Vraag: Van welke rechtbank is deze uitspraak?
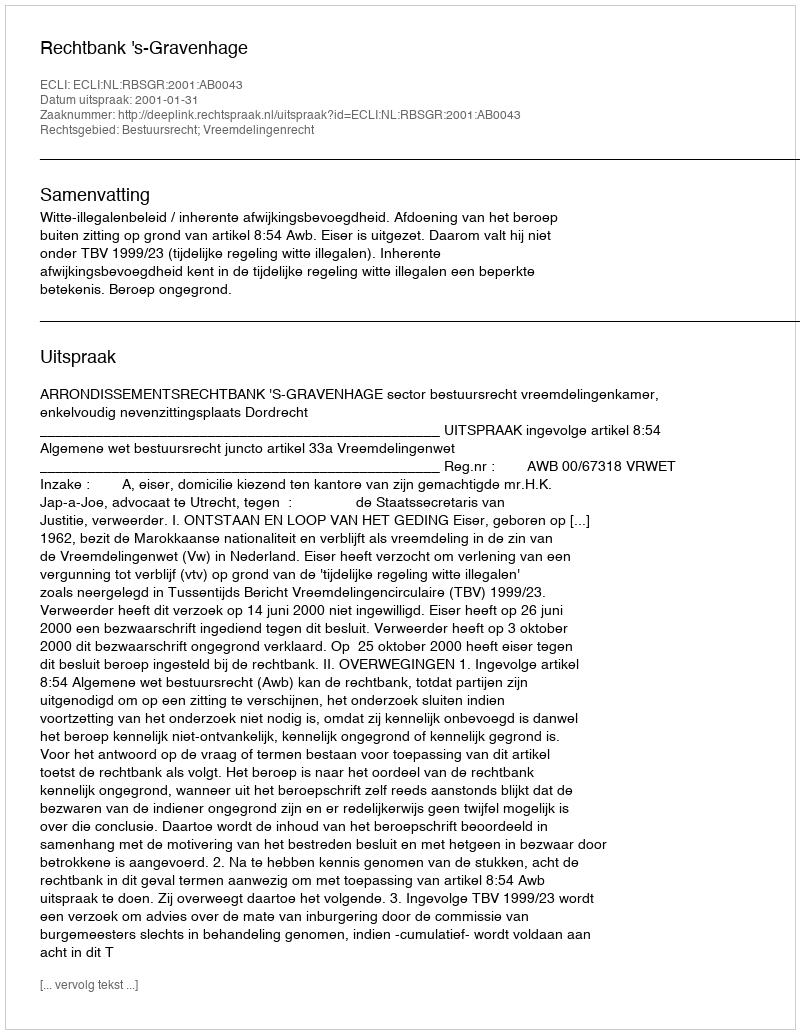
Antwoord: Rechtbank 's-Gravenhage